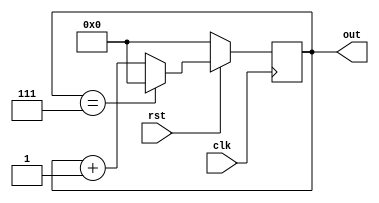
module modulo8_counter 
  ( input   clk,  
    input   rst,  
    output  reg[3:0] out);  
//This is a code for 4 bit counter
  
  always @ (posedge clk) begin  
    if (!rst) begin  
      out <= 0;  
    end else begin  
      if (out == 7)  
        out <= 0;  
      else  
        out <= out + 1;  
    end  
  end  
endmodule